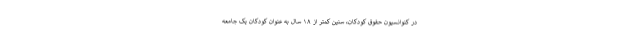
در کنوانسیون حقوق کودکان، سنین کمتر از ۱۸ سال به عنوان کودکان یک جامعه